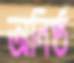
অনিষ্ঠ